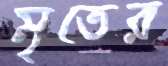
মৃতের